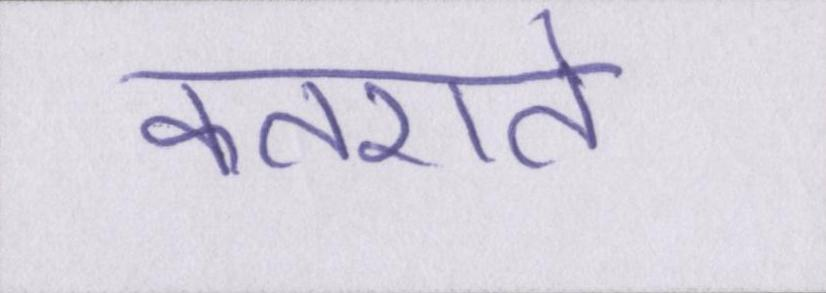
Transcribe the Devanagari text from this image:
कतराते